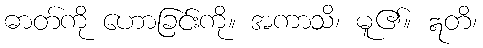
ဓာတ်ကို ဟောခြင်းကို။ အကာသိ၊ မူ၏။ ဣတိ၊